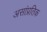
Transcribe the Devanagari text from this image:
असांप्रतिक